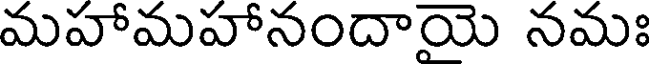
మహామహానందాయె నమః